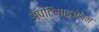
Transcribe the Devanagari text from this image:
ॲप्टिमाइजेशन